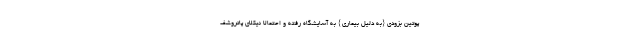
پوتین بزودی {به دلیل بیماری} به آسایشگاه رفته و احتمالا نیکلای پاتروشف